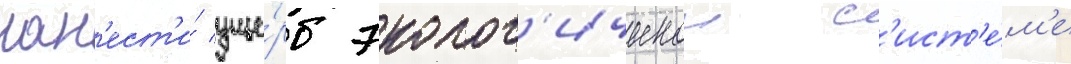
нан'ест'и́ уще́рб эколог'ическои с'ист'е́м'е